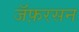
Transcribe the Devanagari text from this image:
जॅफ़रसन